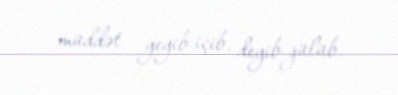
müddət yeyib-içib, deyib-gülüb.